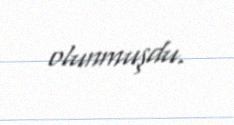
olunmuşdu.